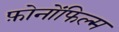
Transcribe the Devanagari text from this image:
फ़ोनोंफिल्म